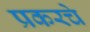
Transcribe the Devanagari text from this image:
प्रकरचे